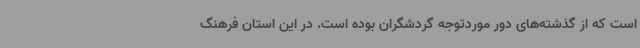
است که از گذشته‌های دور موردتوجه گردشگران بوده است. در این استان فرهنگ